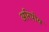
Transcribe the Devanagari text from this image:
अरिपोव